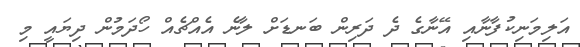
އަލިމަނިކުފާނާއި އޭނާގެ ދެ ދަރިން ބަނޑަށް ލާނެ އެއްޗެއް ހޯދަމުން ދިޔައީ މި